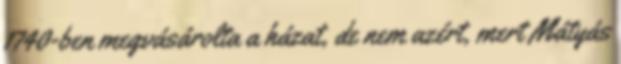
1740-ben megvásárolta a házat, de nem azért, mert Mátyás